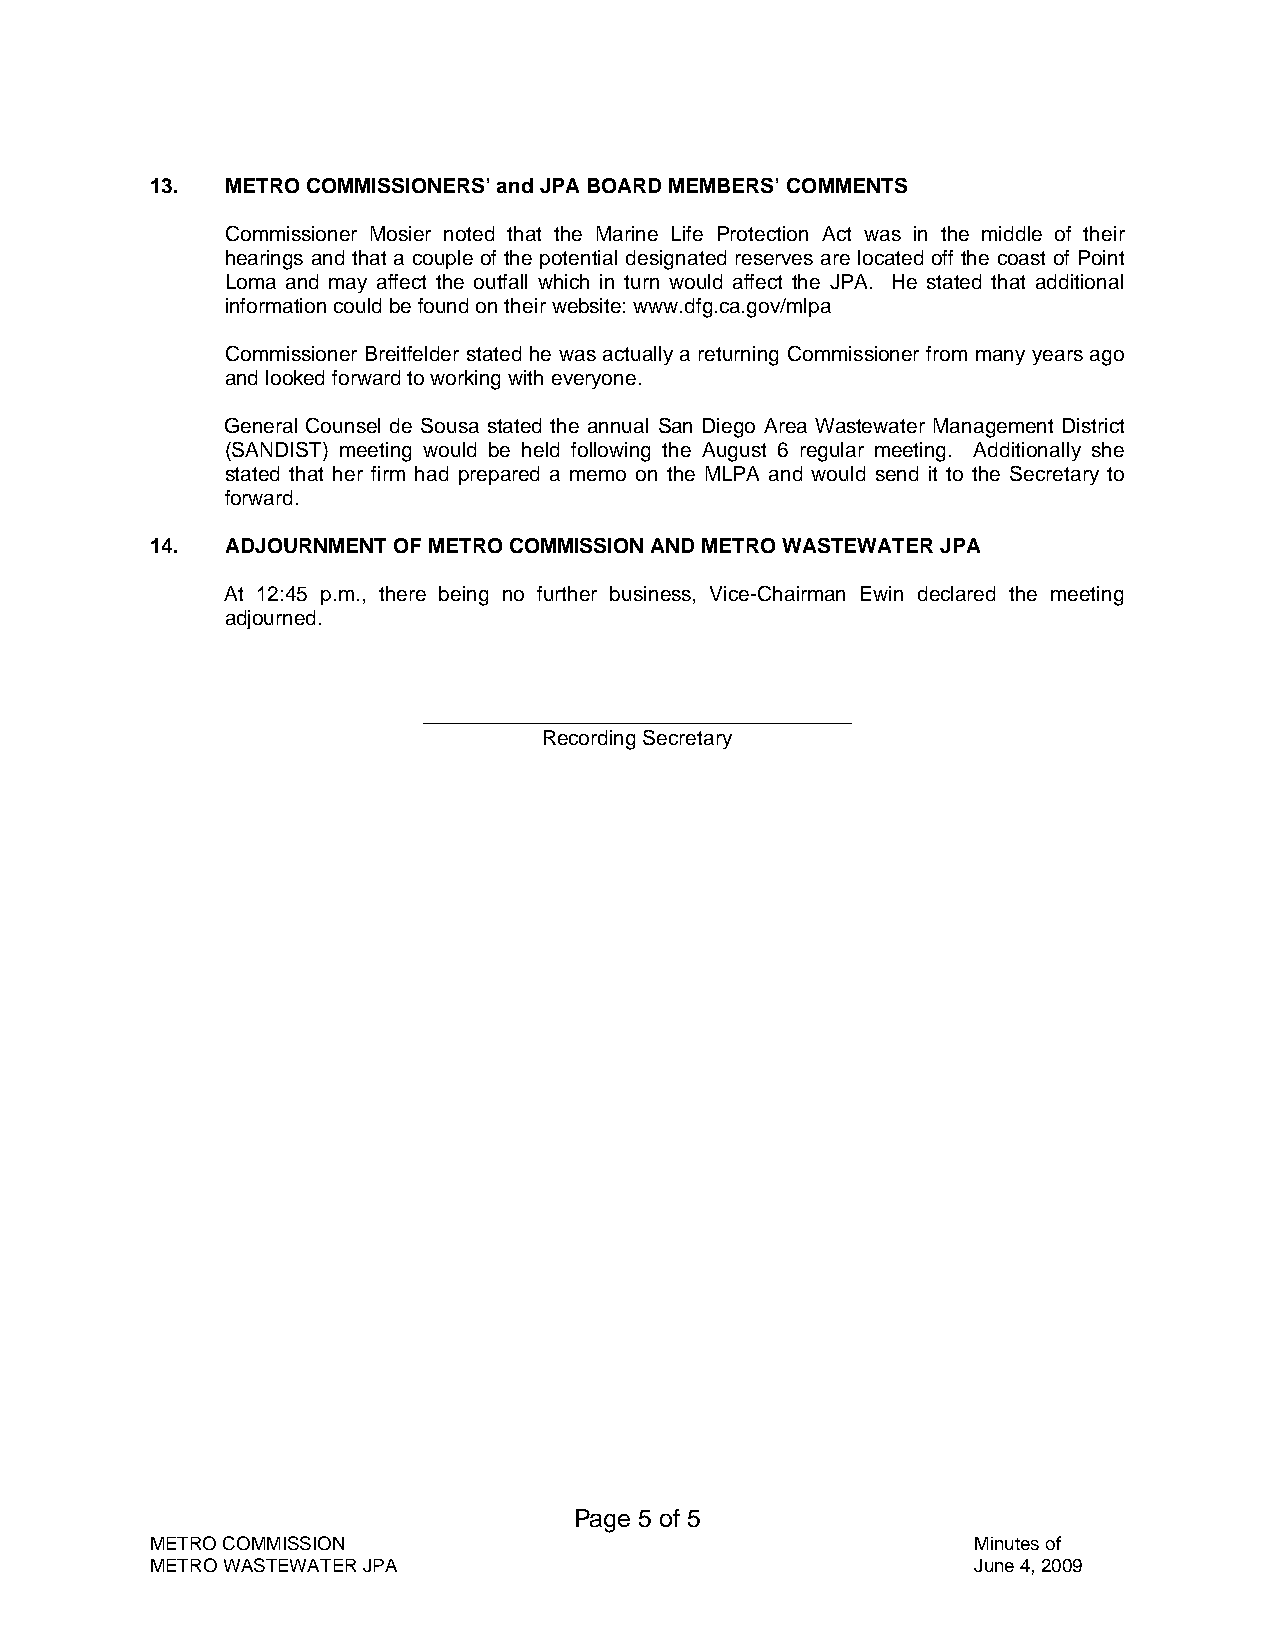
13.  METRO COMMISSIONERS’ and JPA BOARD MEMBERS’ COMMENTS
 Commissioner Mosier noted that the Marine Life Protection Act was in the middle of their
 hearings and that a couple of the potential designated reserves are located off the coast of Point
 Loma and may affect the outfall which in turn would affect the JPA. He stated that additional
 information could be found on their website: www.dfg.ca.gov/mlpa
 Commissioner Breitfelder stated he was actually a returning Commissioner from many years ago
 and looked forward to working with everyone.
 General Counsel de Sousa stated the annual San Diego Area Wastewater Management District
 (SANDIST) meeting would be held following the August 6 regular meeting. Additionally she
 stated that her firm had prepared a memo on the MLPA and would send it to the Secretary to
 forward.
 14.  ADJOURNMENT OF METRO COMMISSION AND METRO WASTEWATER JPA
 At 12:45 p.m., there being no further business, Vice-Chairman Ewin declared the meeting
 adjourned.
 _____________________________________
 Recording Secretary
 Page 5 of 5
 METRO COMMISSION                                      Minutes of
 METRO WASTEWATER JPA                                   June 4, 2009